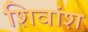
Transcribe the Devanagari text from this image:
शिवांश